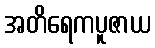
အတိရေကပူဇာယ